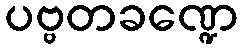
ပဗ္ဗတခဏ္ဍေ